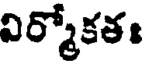
విర్మోకతః